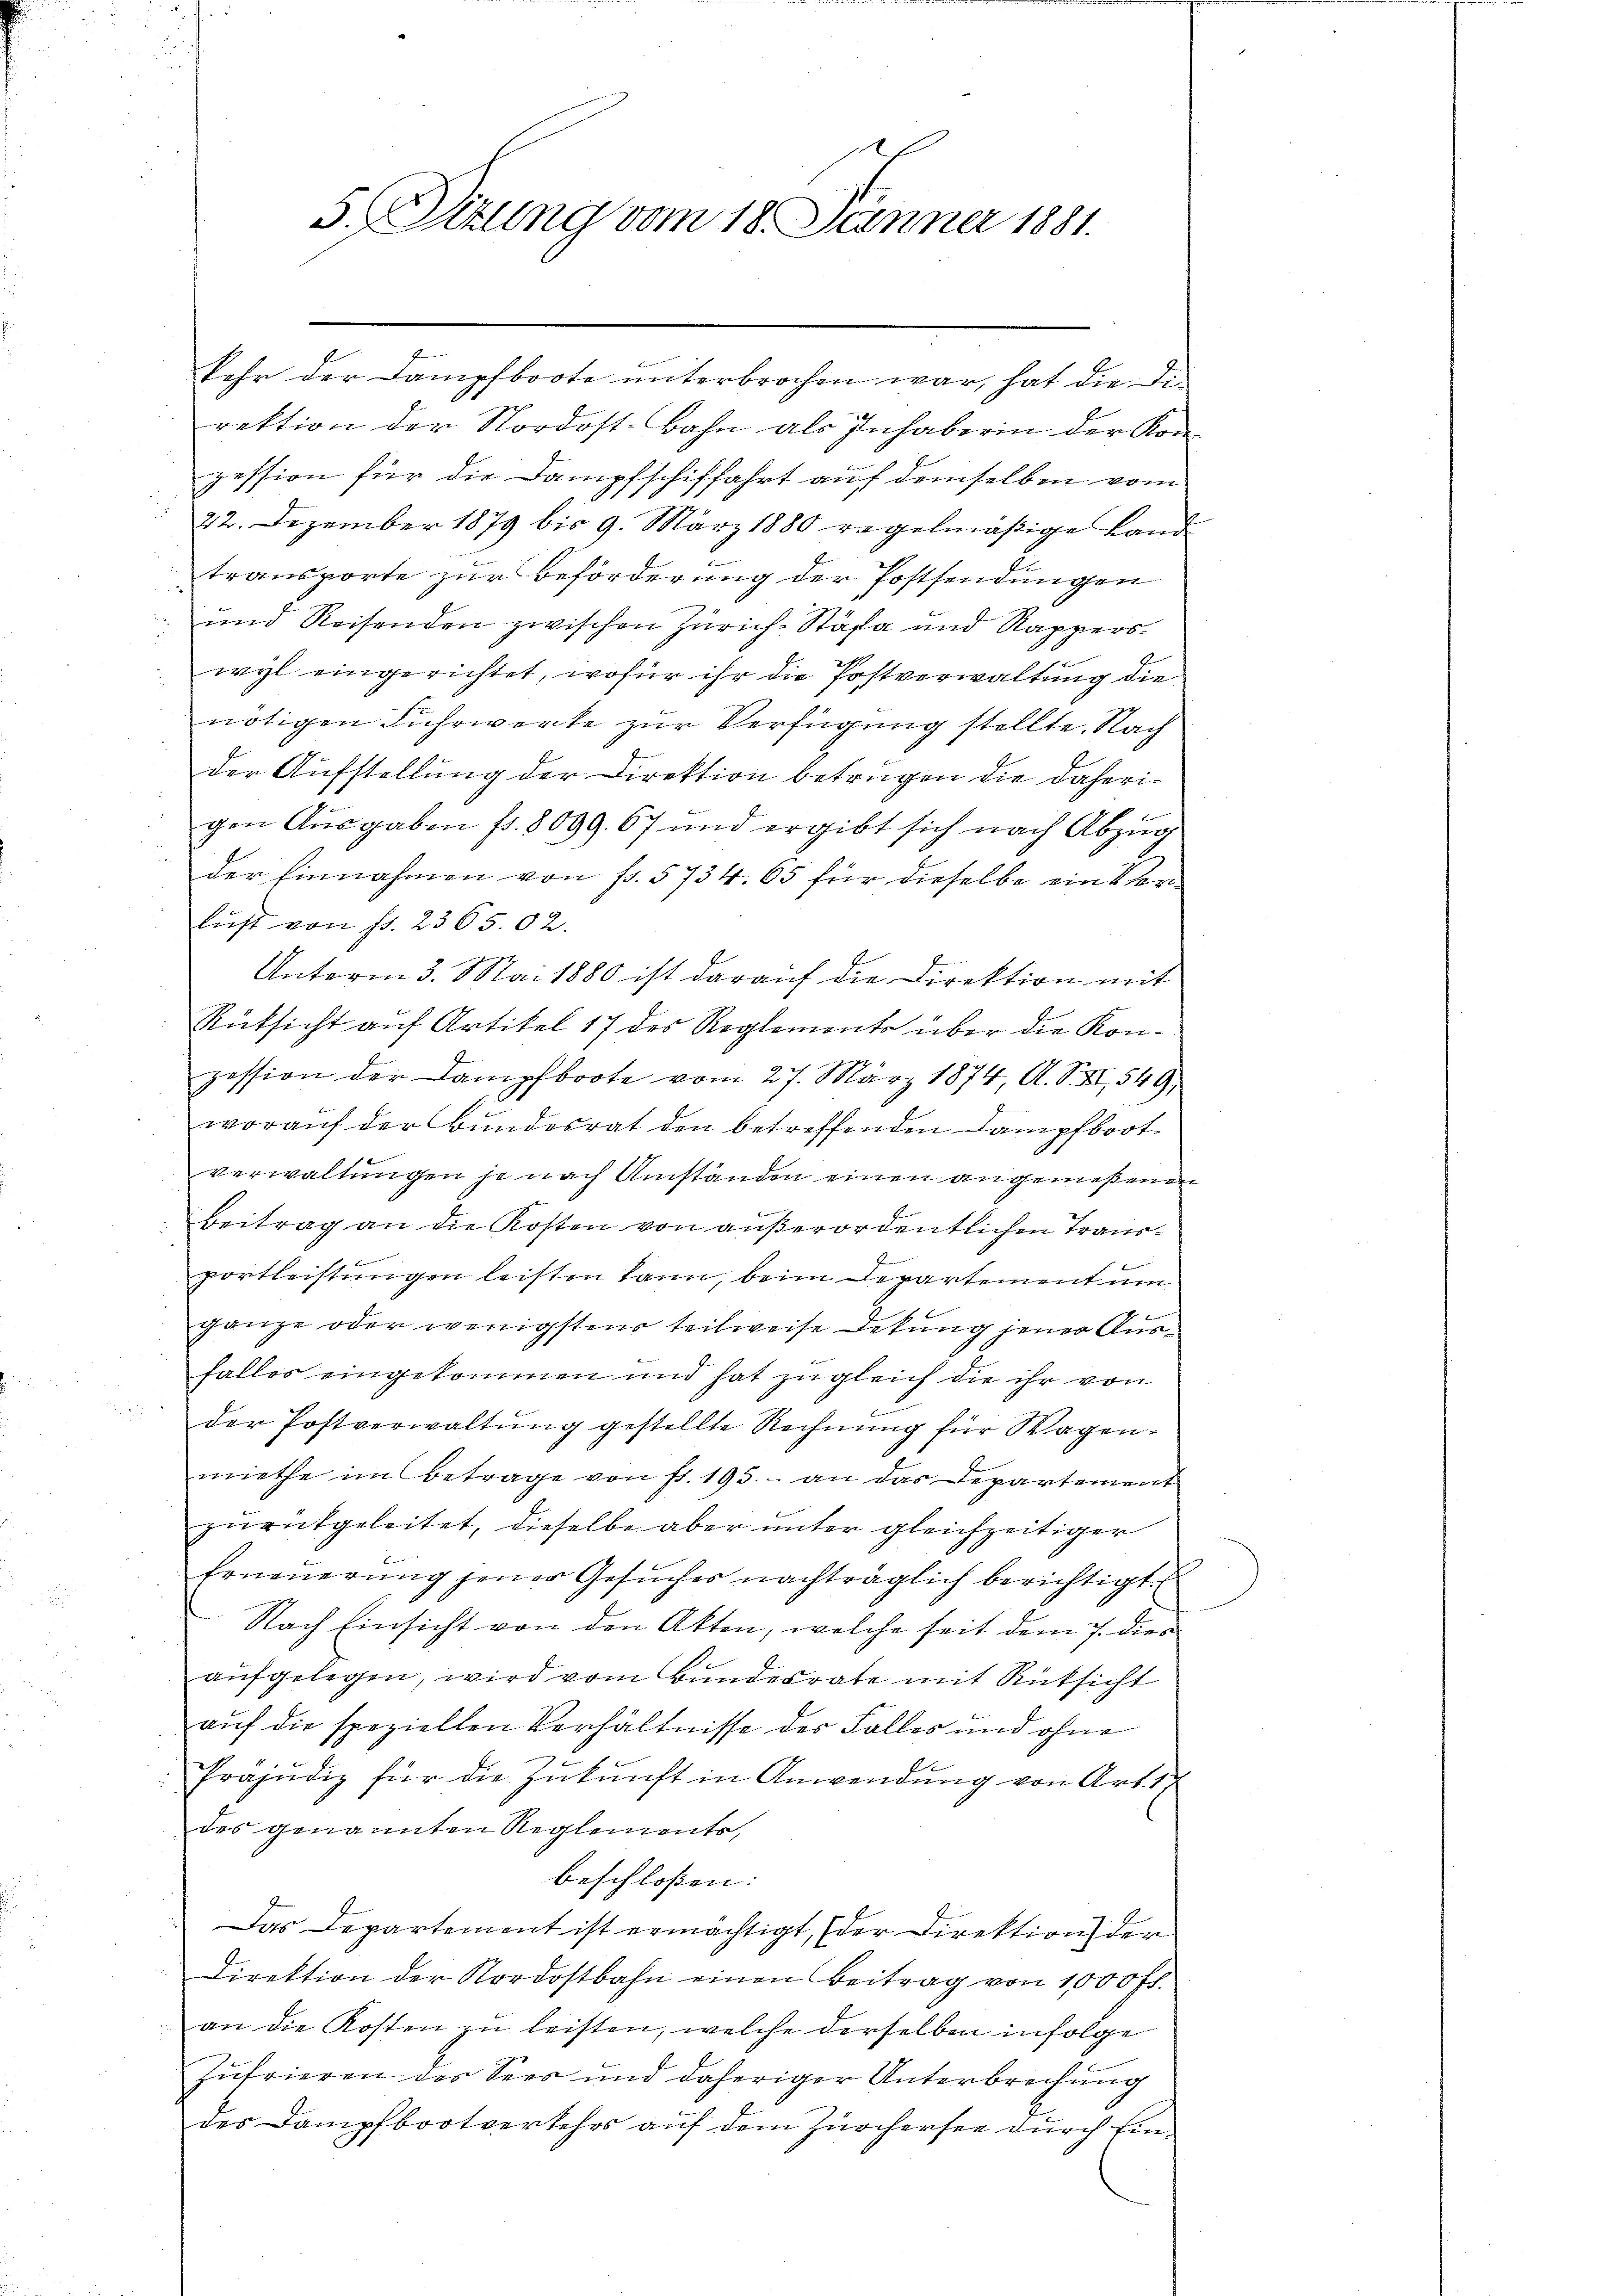
d
5. Situng vom 18. Jänner 1881.

kehr der Dampfboote unterbrochen war, hat die Direktion der Nordost-Bahn als Inhaberin der Konpession für die Dampfschiffahrt auf demselben vom
22. Dezember 1879 bis 9. März 1880 regelmäßige Landtransporte zur Beförderung der Postsendungen
und Reisenden zwischen Zürich-Stäfa und Rapperswyl eingerichtet, wofür ihr die Postverwaltung die
nötigen Fuhrwerke zur Verfügung stellte. Nach
der Aufstellung der Direktion betrügen die daherigen Aŭsgaben fr. 8099. 67 und ergibt sich nach Abzŭg
der Einnahmen von fr. 5734. 65 für dieselbe ein Vorlust von fr. 2365.02.
Unterm 3. Mai 1880 ist darauf die Direktion mit
Rücksicht auf Artikel 17 des Reglemento über die Konzession der Dampfboote vom 27. März 1874, A. S. II 549.
worauf der Bundesrat den betreffenden Kampfbootverwaltungen je nach Umständen einen angemeßenen
wen
Beitrag an die Kosten von außerordentlichen Transportleistungen leisten kann, beim Departement um
ganze oder wenigstens teilweise Detung jener Ausfalles eingekommen und hat zugleich die ihr von
der Postverwaltung gestellte Rechnung für Wagenmiethe im Betrage von st. 195. an das Departement
zurückgeleitet, dieselbe aber unter gleichzeitiger
Erneŭerŭng jener Gesŭches nachträglich berichtigt.
Nach Einsicht von den Akten, welche seit dem 7. dies
aufgelegen, wird vom Bundesrate mit Rücksicht
auf die speziellen Verhältnisse des Falles und ohne
fräjudiz für die Zukunft in Anwendung von Art. 17
des genannten Reglements,
beschlossen:
 Das Departement ist ermächtigt, (der Direktion der
Direktion der Nordostbahn einen Beitrag von 1000 fl.
an die Kosten zu leisten, welche derselben infolge
Zufrieren des Sees und daheriger Unterbrechung
des Dampfbootverkehrs auf dem Zürchersee durch Ein¬